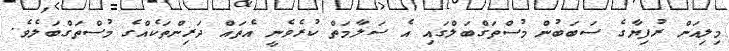
މިލިއަން ރުފިޔާގެ ސަބަބުން މުސްތަގްބަލްގައި އެ ސަލާމަތް ކުރެވެނީ އެތައް ދަރިންތަކެއްގެ މުސްތަގްބަލެވެ.